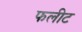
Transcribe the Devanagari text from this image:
फलीट